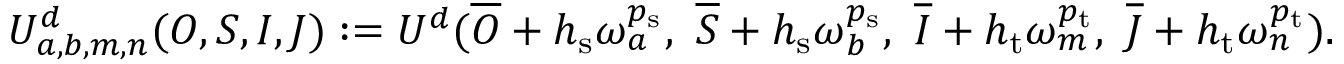
\begin{array} { r } { U _ { a , b , m , n } ^ { d } ( O , S , I , J ) : = U ^ { d } ( \overline { { O } } + h _ { \mathrm { s } } \boldsymbol { \omega } _ { a } ^ { p _ { \mathrm { s } } } , \ \overline { { S } } + h _ { \mathrm { s } } \boldsymbol { \omega } _ { b } ^ { p _ { \mathrm { s } } } , \ \overline { { I } } + h _ { \mathrm { t } } \omega _ { m } ^ { p _ { \mathrm { t } } } , \ \overline { { J } } + h _ { \mathrm { t } } \omega _ { n } ^ { p _ { \mathrm { t } } } ) . } \end{array}